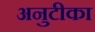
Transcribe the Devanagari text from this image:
अनुटीका